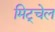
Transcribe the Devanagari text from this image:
मिट्चेल